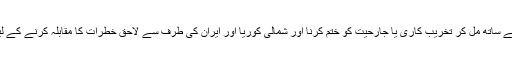
صدر نے اس بات پر بھی زور دیا کہ امریکہ دنیا بھر کے ممالک کے ساتھ مل کر تخریب کاری یا جارحیت کو ختم کرنا اور شمالی کوریا اور ایران کی طرف سے لاحق خطرات کا مقابلہ کرنے کے لیے اتحادیوں اور شراکتداروں کے ساتھ تعاون کرنا، جاری رکھے گا۔